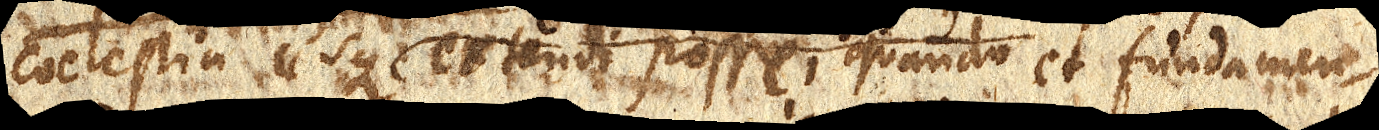
coelestia usque extendi posse, quando et fundamen–